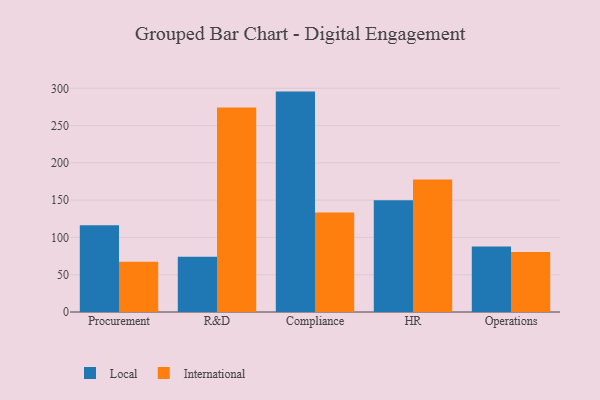
{"axis": {"x": "Department", "y": "Revenue (USD Million)"}, "legend": ["International", "Local"], "data": [{"x": "Procurement", "y": 116.2, "type": "Local"}, {"x": "Procurement", "y": 67.5, "type": "International"}, {"x": "R&D", "y": 74.0, "type": "Local"}, {"x": "R&D", "y": 274.4, "type": "International"}, {"x": "Compliance", "y": 295.6, "type": "Local"}, {"x": "Compliance", "y": 133.6, "type": "International"}, {"x": "HR", "y": 150.0, "type": "Local"}, {"x": "HR", "y": 177.8, "type": "International"}, {"x": "Operations", "y": 87.7, "type": "Local"}, {"x": "Operations", "y": 80.5, "type": "International"}]}